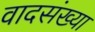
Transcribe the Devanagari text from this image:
वादसंख्या